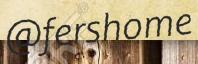
@fershome